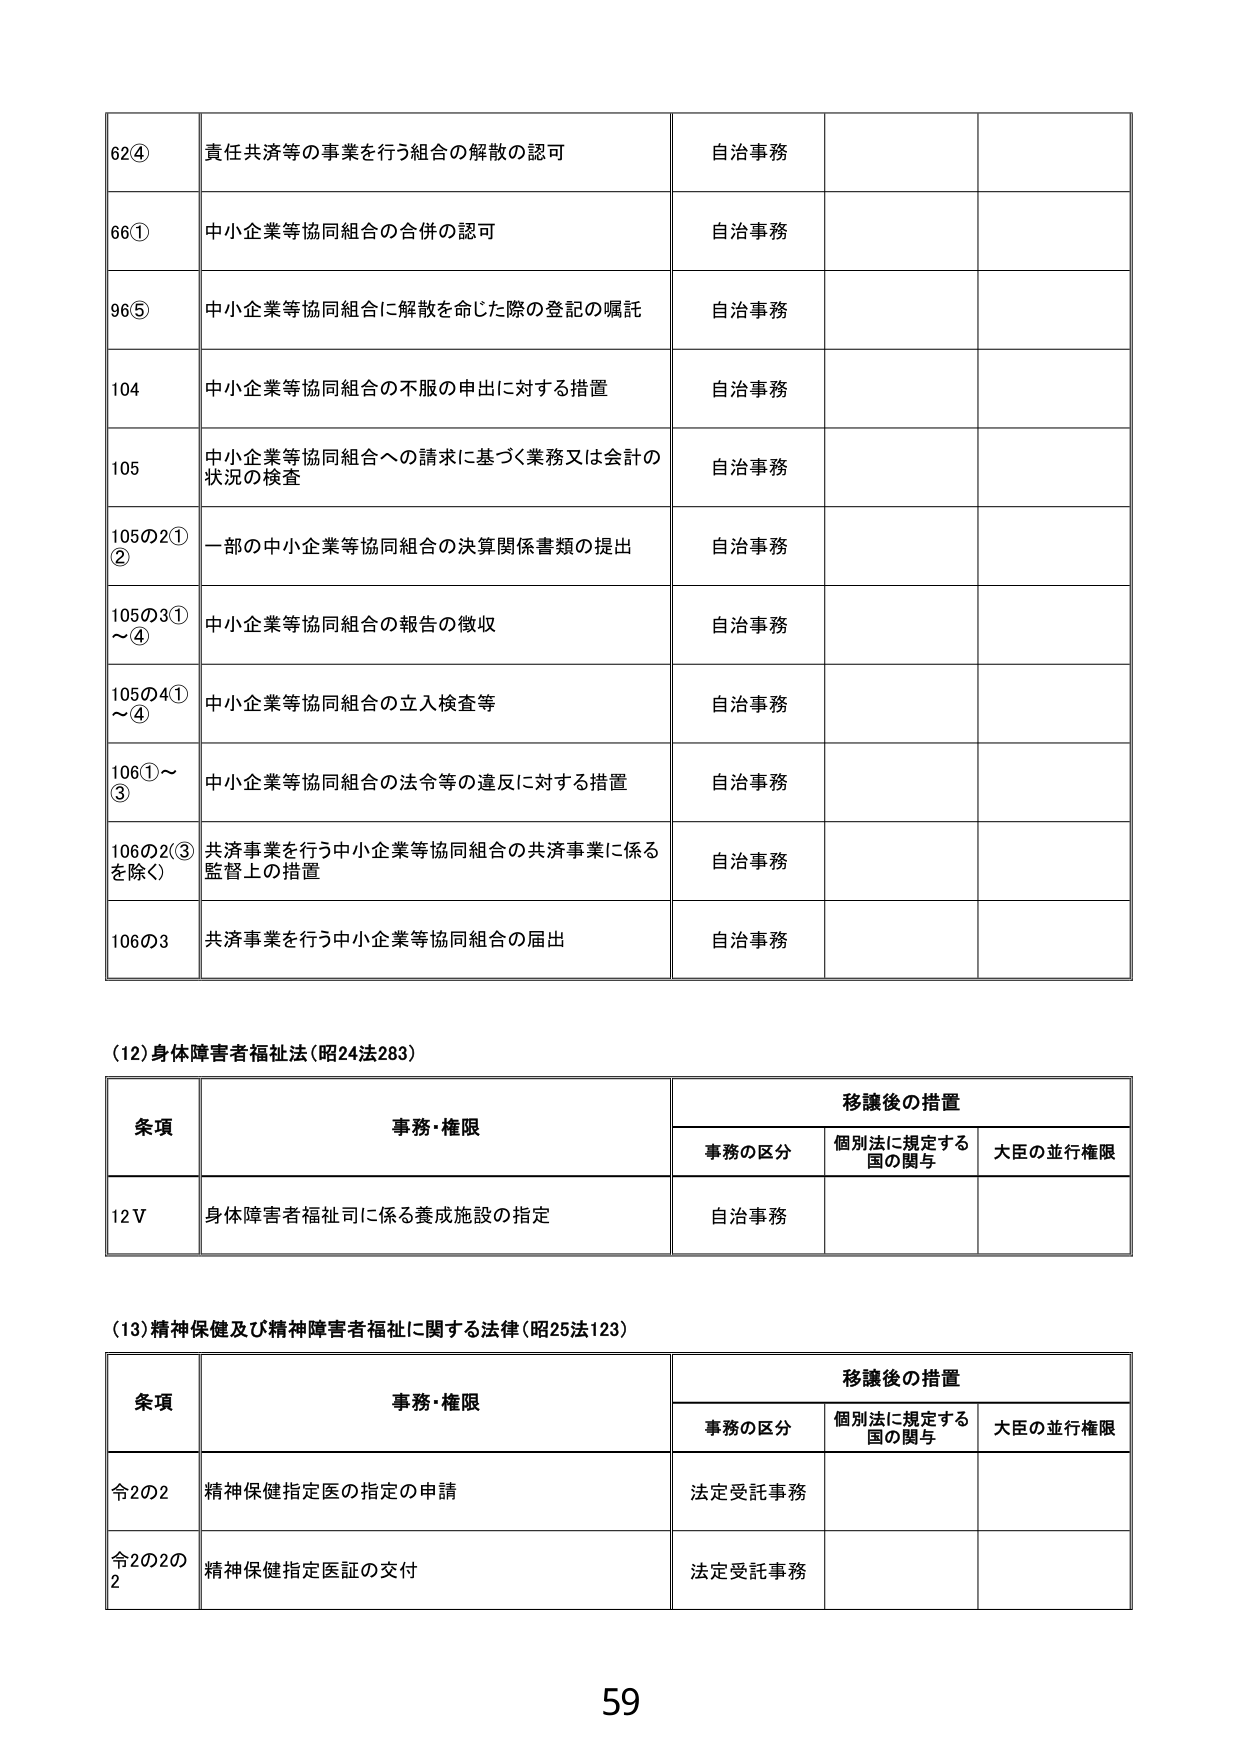
62④ 責任共済等の事業を行う組合の解散の認可 自治事務
66① 中小企業等協同組合の合併の認可 自治事務
96⑤ 中小企業等協同組合に解散を命じた際の登記の嘱託 自治事務
104 中小企業等協同組合の不服の申出に対する措置 自治事務
105 中小企業等協同組合への請求に基づく業務又は会計の状況の検査 自治事務
105の2①② 一部の中小企業等協同組合の決算関係書類の提出 自治事務
105の3①～④ 中小企業等協同組合の報告の徴収 自治事務
105の4①～④ 中小企業等協同組合の立入検査等 自治事務
106①～③ 中小企業等協同組合の法令等の違反に対する措置 自治事務
106の2(③を除く) 共済事業を行う中小企業等協同組合の共済事業に係る監督上の措置 自治事務
106の3 共済事業を行う中小企業等協同組合の届出 自治事務

(12)身体障害者福祉法(昭24法283)
条項 事務・権限 移譲後の措置
　　事務の区分 個別法に規定する国の関与 大臣の並行権限
12Ⅴ 身体障害者福祉司に係る養成施設の指定 自治事務

(13)精神保健及び精神障害者福祉に関する法律(昭25法123)
条項 事務・権限 移譲後の措置
　　事務の区分 個別法に規定する国の関与 大臣の並行権限
令2の2 精神保健指定医の指定の申請 法定受託事務
令2の2の2 精神保健指定医証の交付 法定受託事務

59